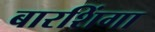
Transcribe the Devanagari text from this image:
बारशिंगा